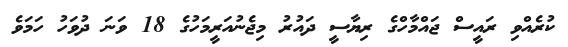
ކުރެއްވި ރައީސް ޖައްމާހްގެ ރިޔާސީ ދައުރު މިޖެނުއަރީމަހުގެ 18 ވަނަ ދުވަހު ހަމަވެ